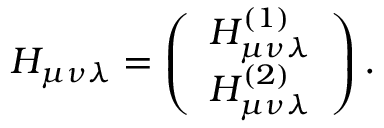
{ \cal H } _ { \mu \nu \lambda } = \left( \begin{array} { c } { { H _ { \mu \nu \lambda } ^ { ( 1 ) } } } \\ { { H _ { \mu \nu \lambda } ^ { ( 2 ) } } } \end{array} \right) .